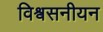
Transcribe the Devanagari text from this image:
विश्वसनीयन